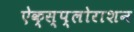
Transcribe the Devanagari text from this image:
ऐक्स्प्लोराशन